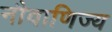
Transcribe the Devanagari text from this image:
नौवाणिज्य